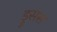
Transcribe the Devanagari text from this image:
ड्रुसस